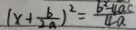
( x + \frac { b } { 2 a } ) ^ { 2 } = \frac { b ^ { 2 } - 4 a c } { 4 a }